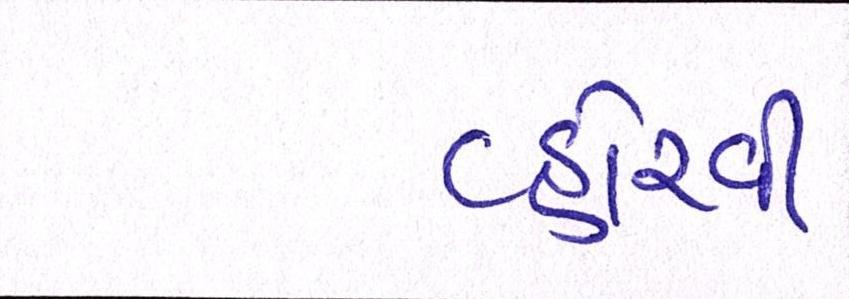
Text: વ્હોરવી